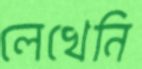
লেখেনি